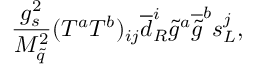
{ \frac { g _ { s } ^ { 2 } } { M _ { \tilde { q } } ^ { 2 } } } ( T ^ { a } T ^ { b } ) _ { i j } { \overline { { d } } } _ { R } ^ { i } { \tilde { g } } ^ { a } { \overline { { { \tilde { g } } } } } ^ { b } s _ { L } ^ { j } ,